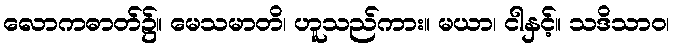
လောကဓာတ်၌။ မေသမာတိ၊ ဟူသည်ကား။ မယာ၊ ငါနှင့်။ သဒိသာဝ၊